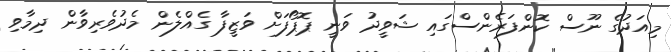
މިއަދުގެ ނޫސް ކޮންފަރެންސްގައި ޝަވީދު ވަނީ ޕޮޕޯފަށް ވަޒީފާ ގެއްލެން މެދުވެރިވާން ދިމާވި